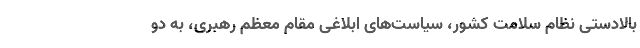
بالادستی نظام سلامت کشور، سیاست‌های ابلاغی مقام معظم رهبری، به دو